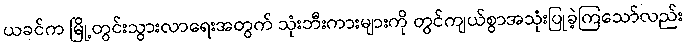
ယခင်က မြို့တွင်းသွားလာရေးအတွက် သုံးဘီးကားများကို တွင်ကျယ်စွာအသုံးပြုခဲ့ကြသော်လည်း